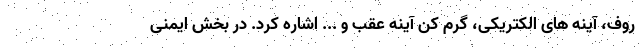
روف، آینه های الکتریکی، گرم کن آینه عقب و ... اشاره کرد. در بخش ایمنی